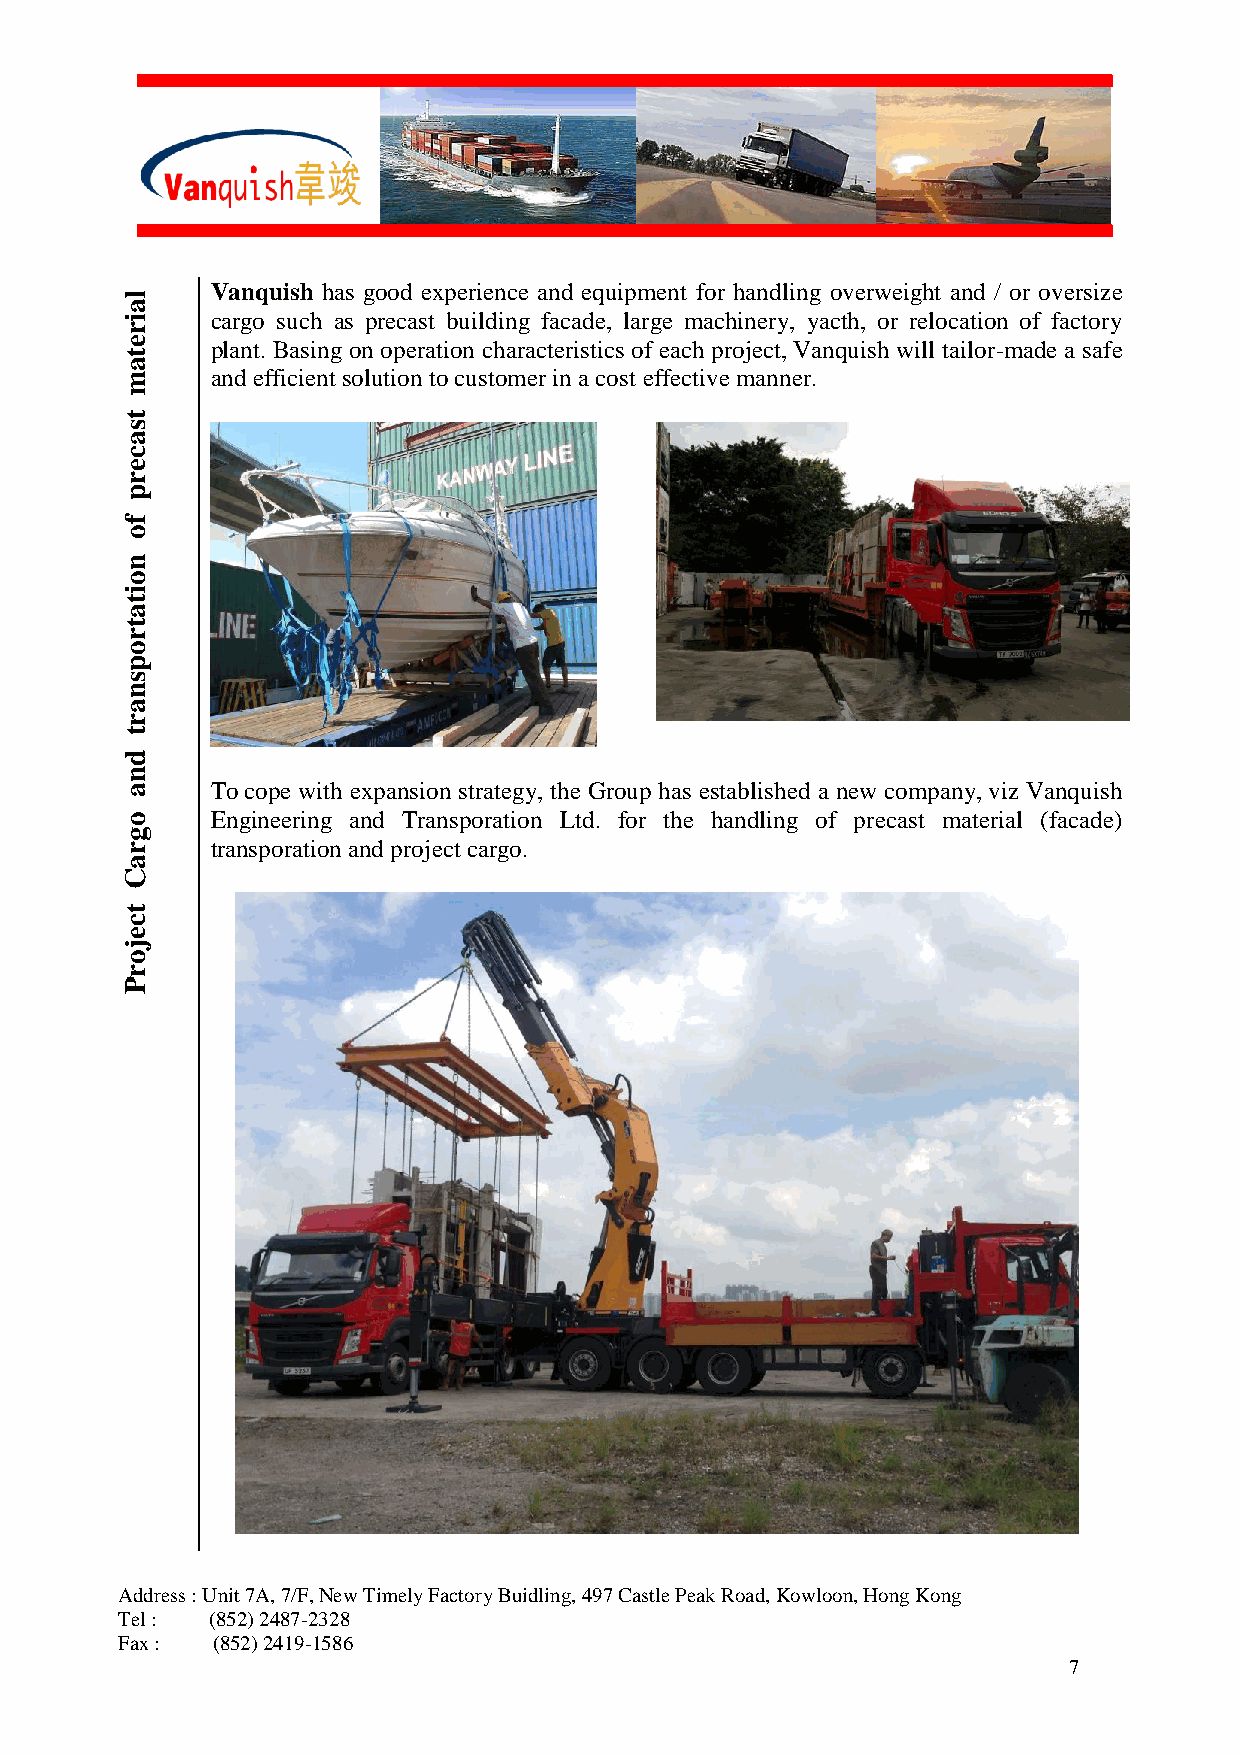
Vanquish has good experience and equipment for handling overweight and / or oversize
 l
 a
 i     cargo such as precast building facade, large machinery, yacth, or relocation of factory
 r
 e     plant. Basing on operation characteristics of each project, Vanquish will tailor-made a safe
 t
 a
 m     and efficient solution to customer in a cost effective manner.
 t
 s
 a
 c
 e
 r
 p
 f
 o
 n
 o
 i
 t
 a
 t
 r
 o
 p
 s
 n
 a
 r
 t
 d
 n
 a     To cope with expansion strategy, the Group has established a new company, viz Vanquish
 o     Engineering and Transporation Ltd. for the handling of precast material (facade)
 g
 r     transporation and project cargo.
 a
 C
 t
 c
 e
 j
 o
 r
 P
 Address : Unit 7A, 7/F, New Timely Factory Buidling, 497 Castle Peak Road, Kowloon, Hong Kong
 Tel : (852) 2487-2328
 Fax : (852) 2419-1586
 7